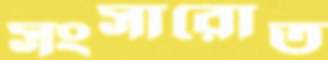
সংসারোত